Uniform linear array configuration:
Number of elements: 16
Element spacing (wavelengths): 0.5
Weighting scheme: uniform
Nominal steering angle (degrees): -30
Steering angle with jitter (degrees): -30.016
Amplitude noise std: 0.05
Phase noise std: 0.05

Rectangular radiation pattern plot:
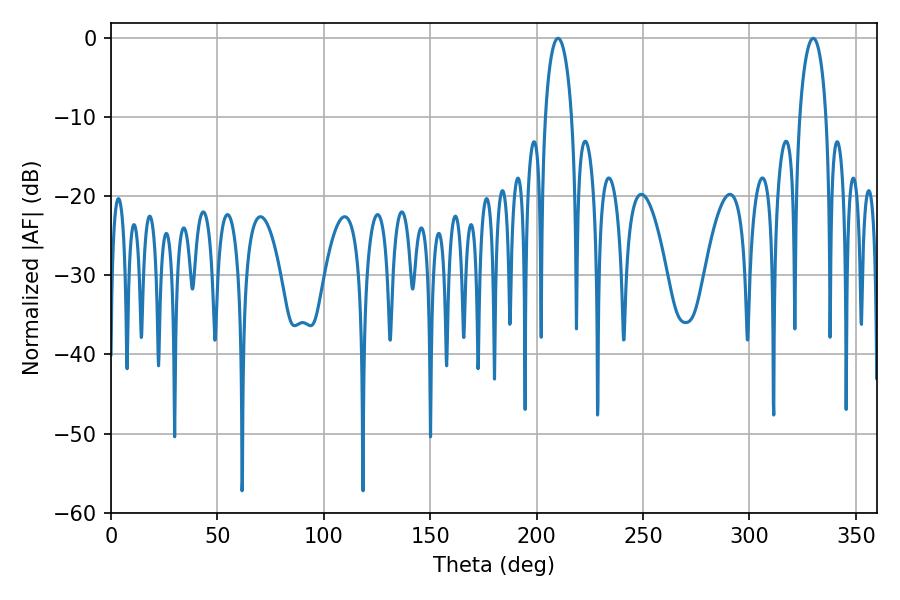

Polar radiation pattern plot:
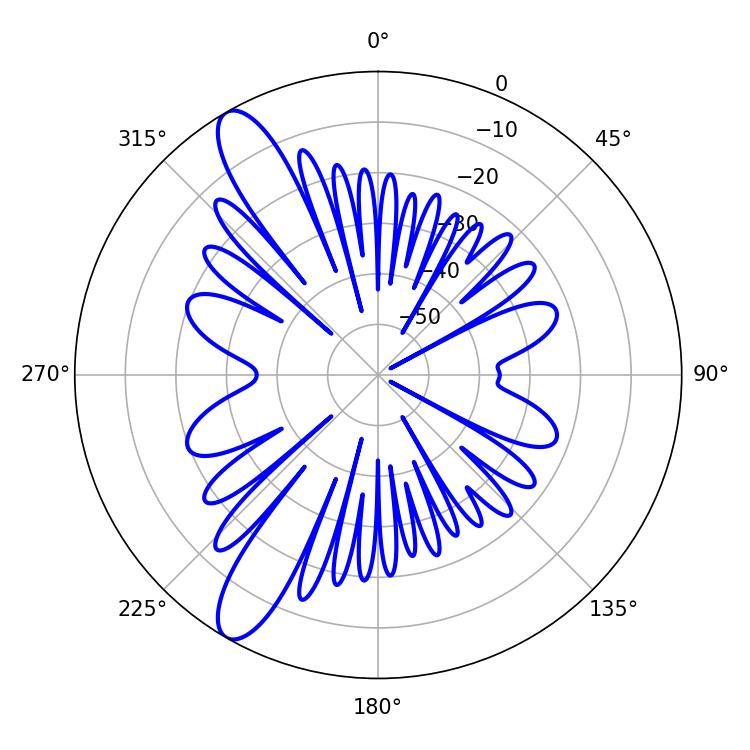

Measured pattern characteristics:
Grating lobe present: FALSE
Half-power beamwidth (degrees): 7.2
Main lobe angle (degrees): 210.06